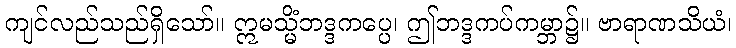
ကျင်လည်သည်ရှိသော်။ ဣမသ္မိံဘဒ္ဒကပ္ပေ၊ ဤဘဒ္ဒကပ်ကမ္ဘာ၌။ ဗာရာဏသိယံ၊